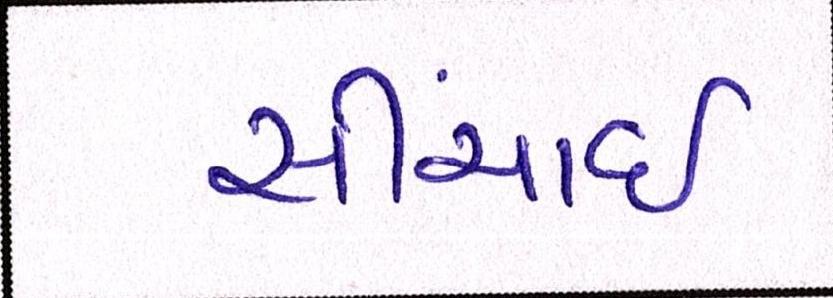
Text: સીંચાઇ